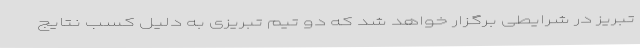
تبریز در شرایطی برگزار خواهد شد که دو تیم تبریزی به دلیل کسب نتایج